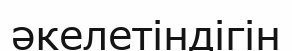
әкелетіндігін